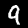
Label: 9